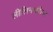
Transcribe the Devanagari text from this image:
लीलिनफील्ड